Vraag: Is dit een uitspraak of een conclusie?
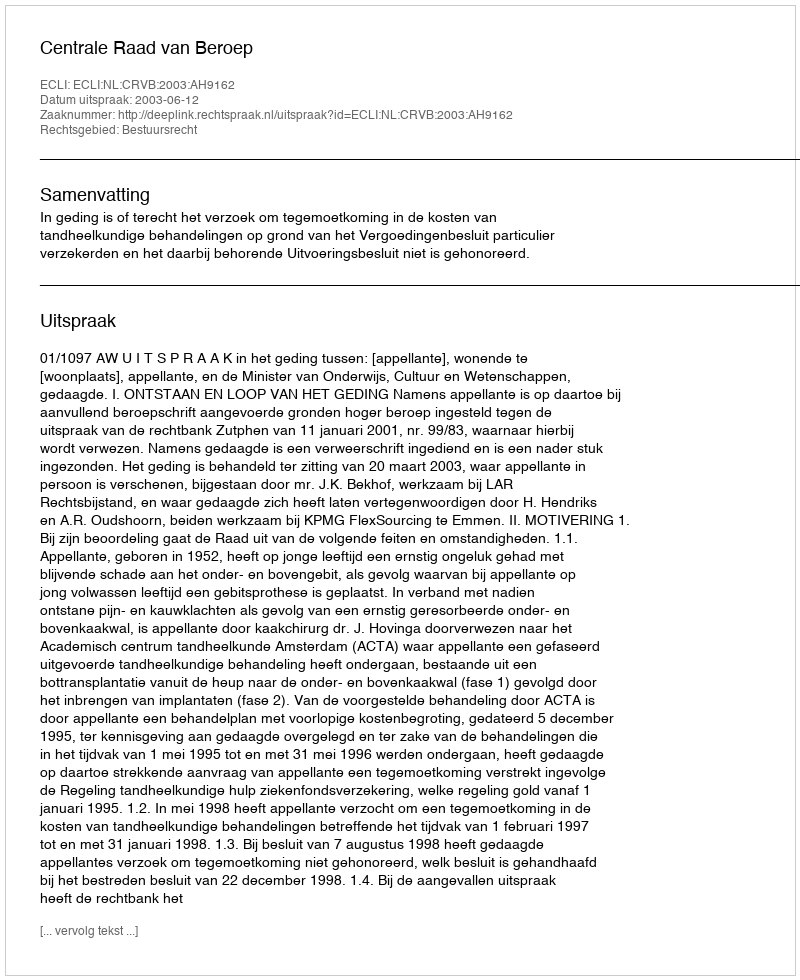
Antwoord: Uitspraak